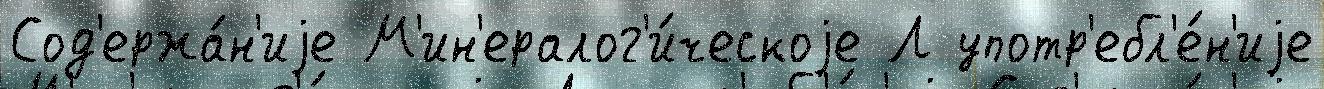
Сод'ержа́н'иjе М'ин'ералог'и́ческоjе Л употр'ебл'е́н'иjе